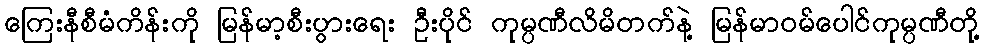
ကြေးနီစီမံကိန်းကို မြန်မာ့စီးပွားရေး ဦးပိုင် ကုမ္ပဏီလိမိတက်နဲ့ မြန်မာဝမ်ပေါင်ကုမ္ပဏီတို့